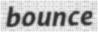
bounce